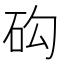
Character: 𥐾